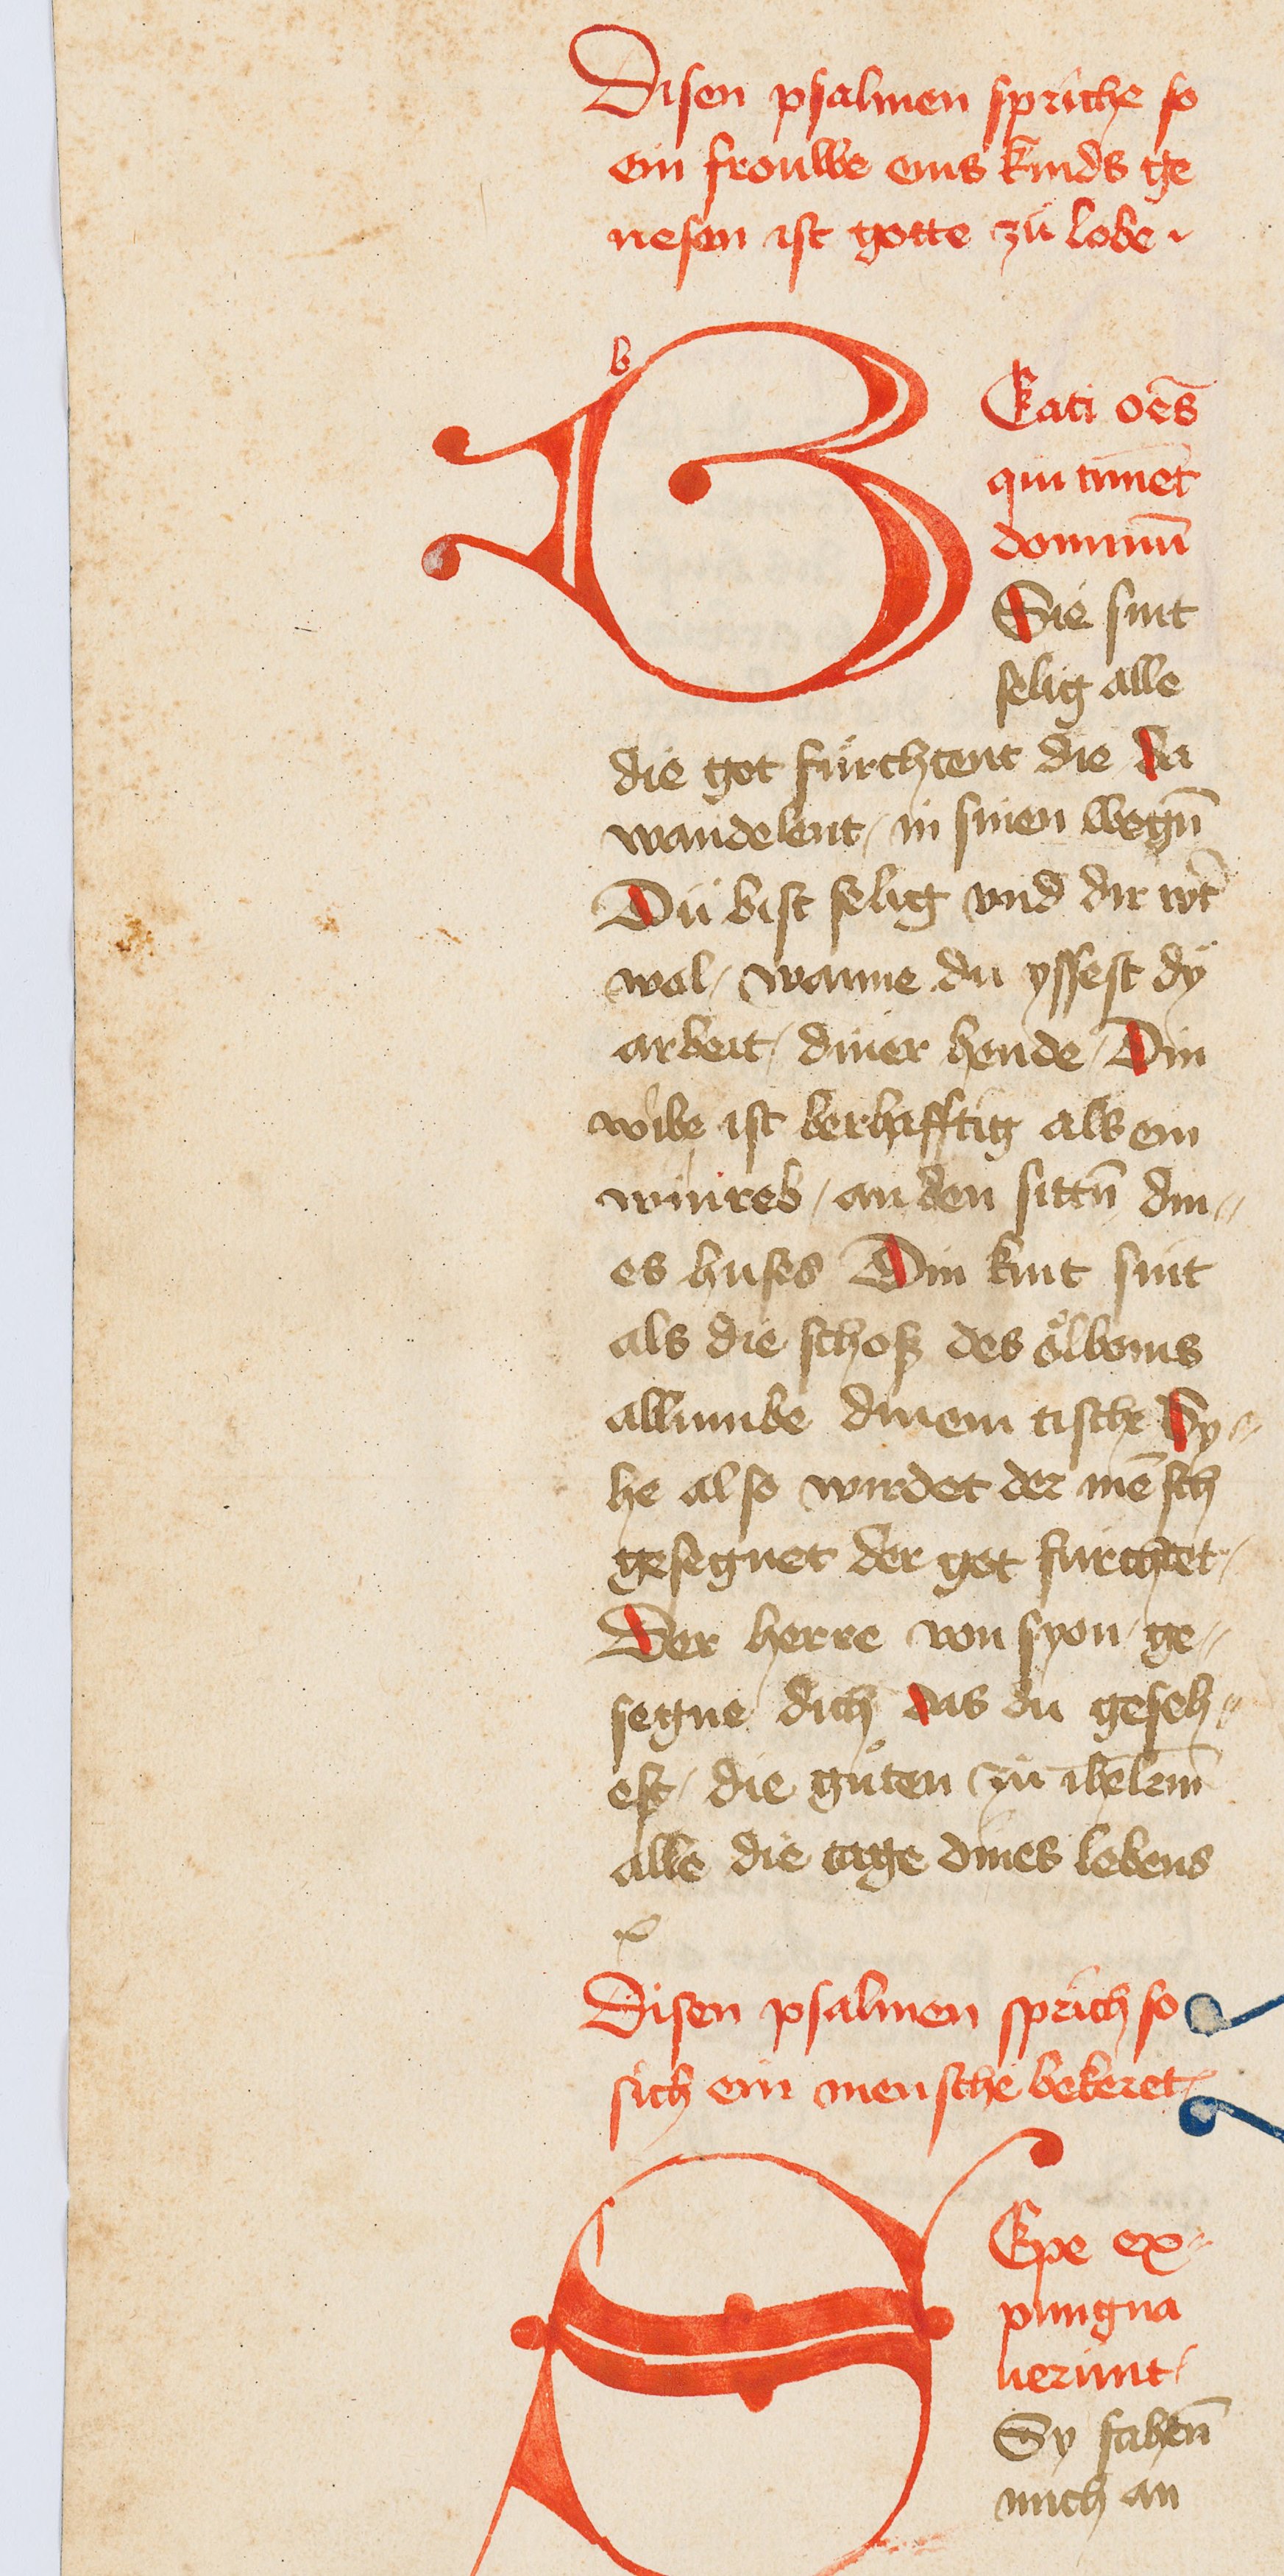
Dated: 1400–1499